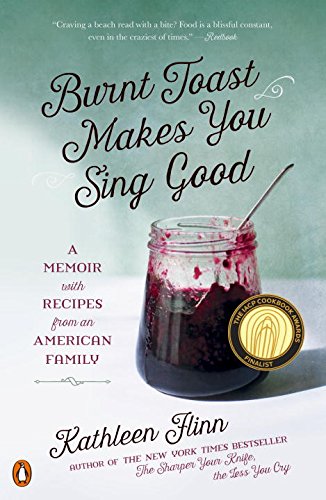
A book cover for Burnt Toast Makes You Sing Good: A Memoir with Recipes from an American Family; Kathleen Flinn; Cookbooks, Food & Wine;